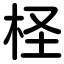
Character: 柽